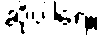
ဆိုပါရေ။